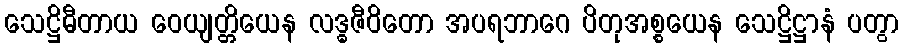
သေဋ္ဌိဓီတာယ ဝေယျတ္တိယေန လဒ္ဓဇီဝိတော အပရဘာဂေ ပိတုအစ္စယေန သေဋ္ဌိဋ္ဌာနံ ပတွာ